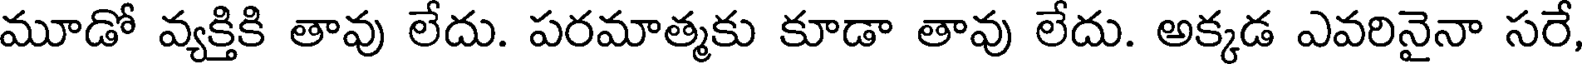
మూడో వ్యక్తికి తావు లేదు. పరమాత్మకు కూడా తావు లేదు. అక్కడ ఎవరినైనా సరే